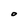
Character: O